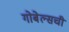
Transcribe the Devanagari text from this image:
गोबेल्सची